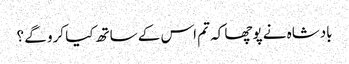
بادشاہ نے پوچھا کہ تم اس کے ساتھ کیا کرو گے ؟